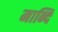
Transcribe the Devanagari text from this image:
मान्दि